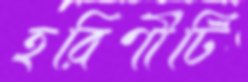
হরিণীটি